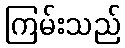
ကြမ်းသည်